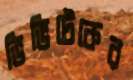
ভিভিটেকের